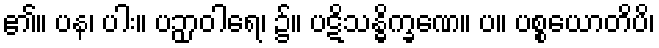
၏။ ပန၊ ပါး။ ပဉှာဝါရေ၊ ၌။ ပဋိသန္ဓိက္ခဏေ။ ပ။ ပစ္စယောတိပိ၊